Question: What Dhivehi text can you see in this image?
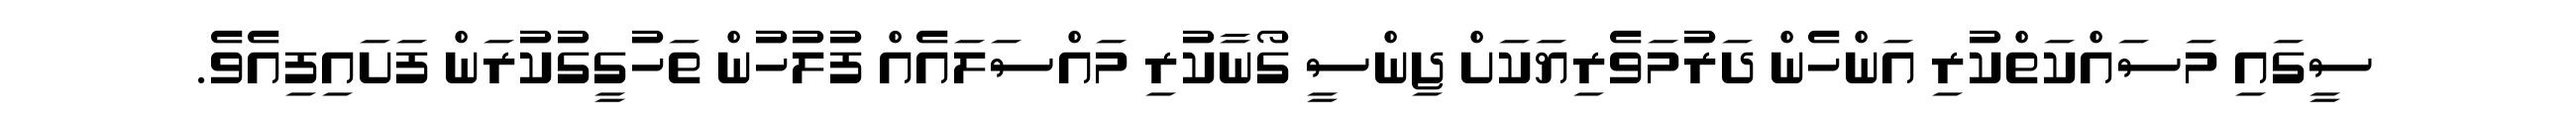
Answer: ސީގައި މަސައްކަތްކުރި އަންހެން ދަރުމަވެރިޔަކަށް ޖިންސީ ގޯނާކުރި މައްސަލައެއް ފުލުހުން ތަހުގީގުކުރަން ފަށައިފިއެވެ.